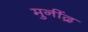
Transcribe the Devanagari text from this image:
मुनींद्र